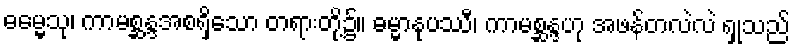
ဓမ္မေသု၊ ကာမစ္ဆန္ဒအစရှိသော တရားတို့၌။ ဓမ္မာနုပဿီ၊ ကာမစ္ဆန္ဒဟု အဖန်တလဲလဲ ရှုသည်